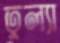
তুল্যা